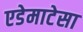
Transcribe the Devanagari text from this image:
एडेमाटेसा